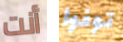
أنت توفوا